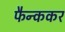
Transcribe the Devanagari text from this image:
फैन्ककर